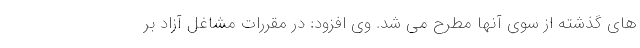
های گذشته از سوی آنها مطرح می شد. وی افزود: در مقررات مشاغل آزاد بر